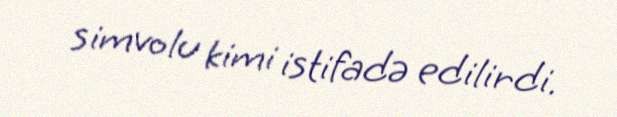
simvolu kimi istifadə edilirdi.